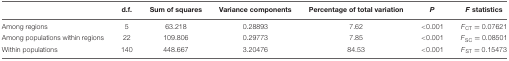
|  | d.f. | Sum of squares | Variance components | Percentage of total variation | P | F statistics |
 | --- | --- | --- | --- | --- | --- | --- |
 | Among regions | 5 | 63.218 | 0.28893 | 7.62 | <0.001 | FCT = 0.07621 |
 | Among populations within regions | 22 | 109.806 | 0.29773 | 7.85 | <0.001 | FSC = 0.08501 |
 | Within populations | 140 | 448.667 | 3.20476 | 84.53 | <0.001 | FST = 0.15473 |